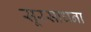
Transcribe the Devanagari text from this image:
सूरसाधना